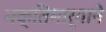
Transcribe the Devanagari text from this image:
भक्तिमार्गाने